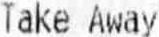
TAKE AWAY